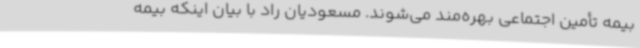
بیمه تأمین اجتماعی بهره‌مند می‌شوند. مسعودیان راد با بیان اینکه بیمه